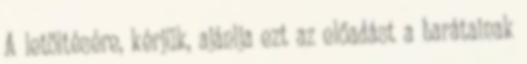
A letöltésére, kérjük, ajánlja ezt az előadást a barátainak